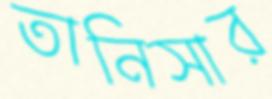
তানিসার